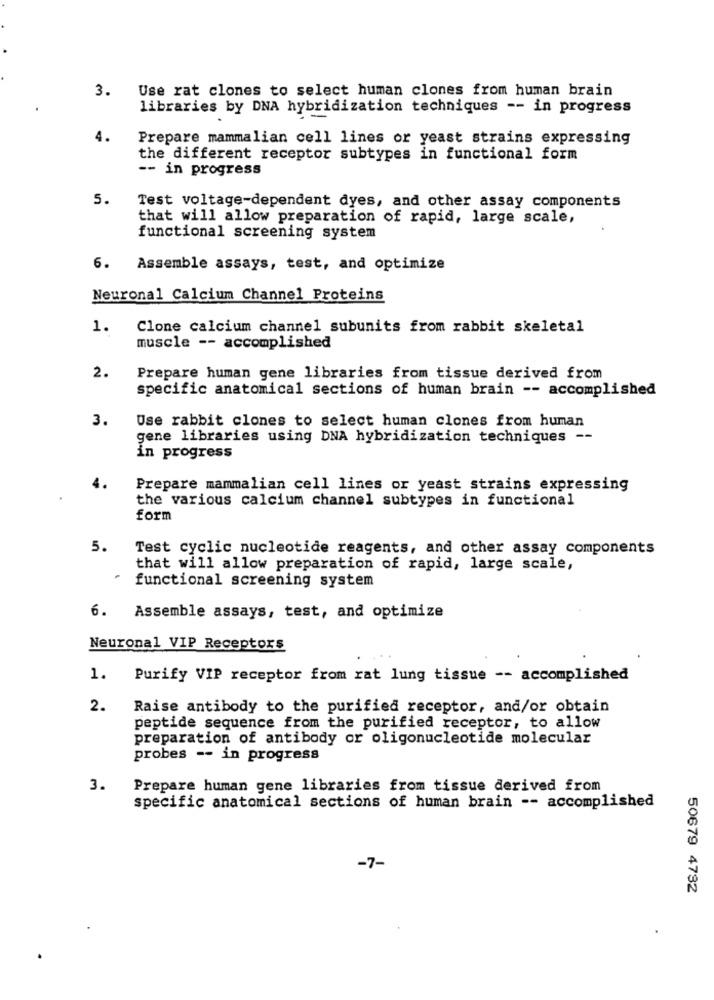
3.
Use rat clones to select human clones from human brain
libraries by DNA hybridization techniques -- in progress
4.
Prepare mammalian cell lines or yeast strains expressing
the different receptor subtypes in functional form
-- in progress
5.
Test voltage-dependent dyes, and other assay components
that will allow preparation of rapid, large scale,
functional screening system
6.
Assemble assays, test, and optimize
Neuronal Calcium Channel Proteins
1.
Clone calcium channel subunits from rabbit skeletal
muscle -- accomplished
2.
Prepare human gene libraries from tissue derived from
specific anatomical sections of human brain -- accomplished
3.
Use rabbit clones to select human clones from human
gene libraries using DNA hybridization techniques --
in progress
Prepare mammalian cell lines or yeast strains expressing
the various calcium channel subtypes in functional
form
5.
Test cyclic nucleotide reagents, and other assay components
that will allow preparation of rapid, large scale,
functional screening system
6.
Assemble assays, test, and optimize
Neuronal VIP Receptors
1.
Purify VIP receptor from rat lung tissue -- accomplished
2.
Raise antibody to the purified receptor, and/or obtain
peptide sequence from the purified receptor, to allow
preparation of antibody or oligonucleotide molecular
probes -- in progress
3.
Prepare human gene libraries from tissue derived from
specific anatomical sections of human brain -- accomplished
-7-
50679 4782